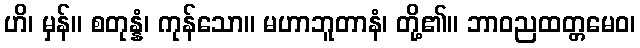
ဟိ၊ မှန်။ စတုန္နံ၊ ကုန်သော။ မဟာဘူတာနံ၊ တို့၏။ ဘာဝညထတ္တမေဝ၊